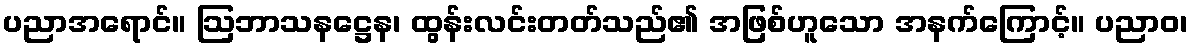
ပညာအရောင်။ ဩဘာသနဋ္ဌေန၊ ထွန်းလင်းတတ်သည်၏ အဖြစ်ဟူသော အနက်ကြောင့်။ ပညာဝ၊